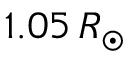
1 . 0 5 \, R _ { \odot }